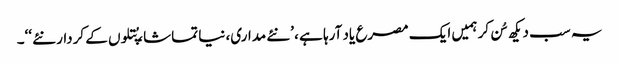
یہ سب دیکھ سُن کر ہمیں ایک مصرع یاد آرہا ہے ، ’نئے مداری، نیا تماشا، پُتلوں کے کردار نئے ‘‘۔